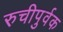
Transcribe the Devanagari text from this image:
रुचीपुर्वक